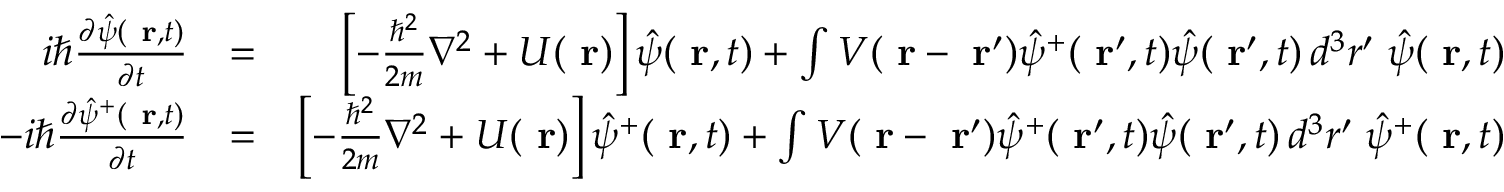
\begin{array} { r l r } { i \hbar \frac { \partial \hat { \psi } ( \mathrm { \bf ~ r } , t ) } { \partial t } } & { = } & { \left[ - \frac { \hbar ^ { 2 } } { 2 m } \nabla ^ { 2 } + U ( \mathrm { \bf ~ r } ) \right] \hat { \psi } ( \mathrm { \bf ~ r } , t ) + \int V ( \mathrm { \bf ~ r } - \mathrm { \bf ~ r } ^ { \prime } ) \hat { \psi } ^ { + } ( \mathrm { \bf ~ r } ^ { \prime } , t ) \hat { \psi } ( \mathrm { \bf ~ r } ^ { \prime } , t ) \, d ^ { 3 } r ^ { \prime } \; \hat { \psi } ( \mathrm { \bf ~ r } , t ) } \\ { - i \hbar \frac { \partial \hat { \psi } ^ { + } ( \mathrm { \bf ~ r } , t ) } { \partial t } } & { = } & { \left[ - \frac { \hbar ^ { 2 } } { 2 m } \nabla ^ { 2 } + U ( \mathrm { \bf ~ r } ) \right] \hat { \psi } ^ { + } ( \mathrm { \bf ~ r } , t ) + \int V ( \mathrm { \bf ~ r } - \mathrm { \bf ~ r } ^ { \prime } ) \hat { \psi } ^ { + } ( \mathrm { \bf ~ r } ^ { \prime } , t ) \hat { \psi } ( \mathrm { \bf ~ r } ^ { \prime } , t ) \, d ^ { 3 } r ^ { \prime } \; \hat { \psi } ^ { + } ( \mathrm { \bf ~ r } , t ) } \end{array}